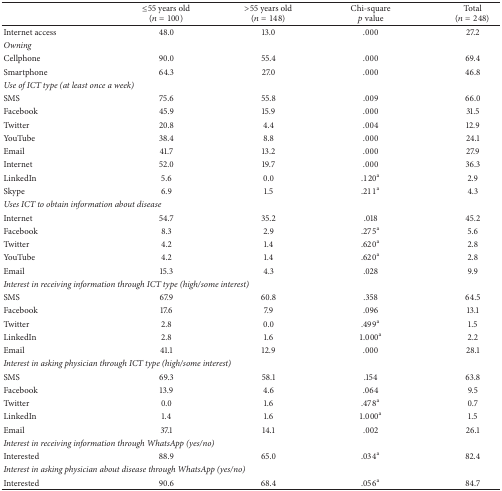
<table><thead><tr><td><b> </b></td><td><b>≤55 years old(<i>n</i> = 100)</b></td><td><b>&gt;55 years old(<i>n</i> = 148)</b></td><td><b>Chi-square<i>p</i> value</b></td><td><b>Total(<i>n</i> = 248)</b></td></tr></thead><tbody><tr><td>Internet access</td><td>48.0</td><td>13.0</td><td>.000</td><td>27.2</td></tr><tr><td colspan="5"><i>Owning</i></td></tr><tr><td>Cellphone</td><td>90.0</td><td>55.4</td><td>.000</td><td>69.4</td></tr><tr><td>Smartphone</td><td>64.3</td><td>27.0</td><td>.000</td><td>46.8</td></tr><tr><td colspan="5"><i>Use of ICT type (at least once a week)</i></td></tr><tr><td>SMS</td><td>75.6</td><td>55.8</td><td>.009</td><td>66.0</td></tr><tr><td>Facebook</td><td>45.9</td><td>15.9</td><td>.000</td><td>31.5</td></tr><tr><td>Twitter</td><td>20.8</td><td>4.4</td><td>.004</td><td>12.9</td></tr><tr><td>YouTube</td><td>38.4</td><td>8.8</td><td>.000</td><td>24.1</td></tr><tr><td>Email</td><td>41.7</td><td>13.2</td><td>.000</td><td>27.9</td></tr><tr><td>Internet</td><td>52.0</td><td>19.7</td><td>.000</td><td>36.3</td></tr><tr><td>LinkedIn</td><td>5.6</td><td>0.0</td><td>.120<sup>a</sup></td><td>2.9</td></tr><tr><td>Skype</td><td>6.9</td><td>1.5</td><td>.211<sup>a</sup></td><td>4.3</td></tr><tr><td colspan="5"><i>Uses ICT to obtain information about disease</i></td></tr><tr><td>Internet</td><td>54.7</td><td>35.2</td><td>.018</td><td>45.2</td></tr><tr><td>Facebook</td><td>8.3</td><td>2.9</td><td>.275<sup>a</sup></td><td>5.6</td></tr><tr><td>Twitter</td><td>4.2</td><td>1.4</td><td>.620<sup>a</sup></td><td>2.8</td></tr><tr><td>YouTube</td><td>4.2</td><td>1.4</td><td>.620<sup>a</sup></td><td>2.8</td></tr><tr><td>Email</td><td>15.3</td><td>4.3</td><td>.028</td><td>9.9</td></tr><tr><td colspan="5"><i>Interest in receiving information through ICT type (high/some interest)</i></td></tr><tr><td>SMS</td><td>67.9</td><td>60.8</td><td>.358</td><td>64.5</td></tr><tr><td>Facebook</td><td>17.6</td><td>7.9</td><td>.096</td><td>13.1</td></tr><tr><td>Twitter</td><td>2.8</td><td>0.0</td><td>.499<sup>a</sup></td><td>1.5</td></tr><tr><td>LinkedIn</td><td>2.8</td><td>1.6</td><td>1.000<sup>a</sup></td><td>2.2</td></tr><tr><td>Email</td><td>41.1</td><td>12.9</td><td>.000</td><td>28.1</td></tr><tr><td colspan="5"><i>Interest in asking physician through ICT type (high/some interest)</i></td></tr><tr><td>SMS</td><td>69.3</td><td>58.1</td><td>.154</td><td>63.8</td></tr><tr><td>Facebook</td><td>13.9</td><td>4.6</td><td>.064</td><td>9.5</td></tr><tr><td>Twitter</td><td>0.0</td><td>1.6</td><td>.478<sup>a</sup></td><td>0.7</td></tr><tr><td>LinkedIn</td><td>1.4</td><td>1.6</td><td>1.000<sup>a</sup></td><td>1.5</td></tr><tr><td>Email</td><td>37.1</td><td>14.1</td><td>.002</td><td>26.1</td></tr><tr><td colspan="5"><i>Interest in receiving information through WhatsApp (yes/no)</i></td></tr><tr><td>Interested</td><td>88.9</td><td>65.0</td><td>.034<sup>a</sup></td><td>82.4</td></tr><tr><td colspan="5"><i>Interest in asking physician about disease through WhatsApp (yes/no)</i></td></tr><tr><td>Interested</td><td>90.6</td><td>68.4</td><td>.056<sup>a</sup></td><td>84.7</td></tr></tbody></table>